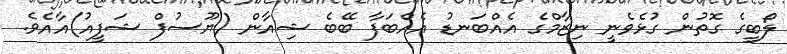
ލޯބީގެ ގޮތުން ގުޅެވެނީ ނިޒާމްގެ އެއްބަނޑު އެއްބަފާ ބޭބެ ޝިއާން (ޔޫސުފް ޝަފީއު)އާއެވެ.